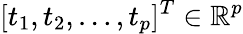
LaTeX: [t_{1},t_{2},\ldots,t_{p}]^{T}\in\mathbb{R}^{p}